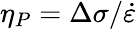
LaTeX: \eta_{P}=\Delta\sigma/\dot{\varepsilon}